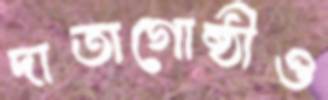
দাতাগোষ্ঠীও